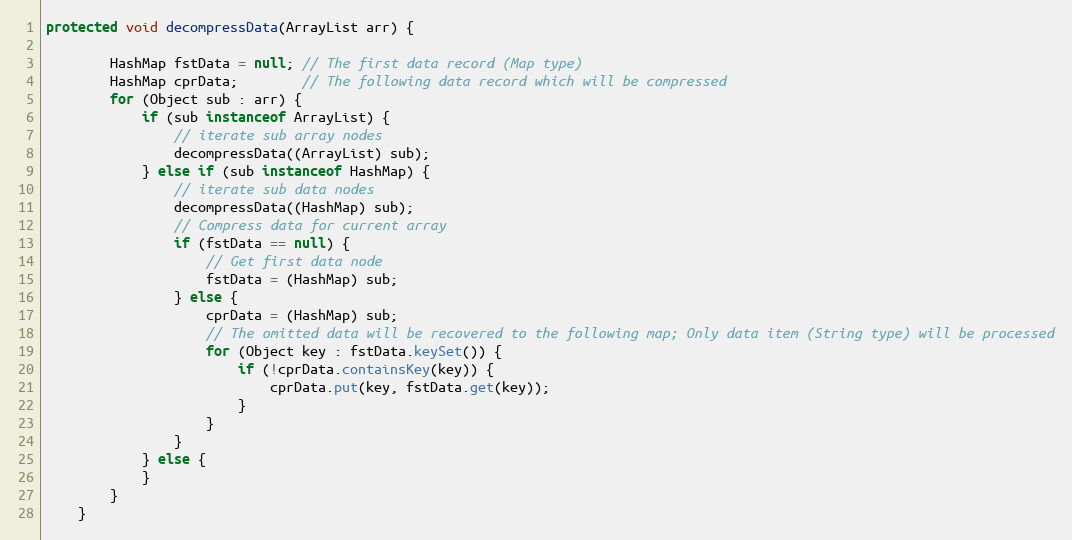
Language: Java
protected void decompressData(ArrayList arr) {

        HashMap fstData = null; // The first data record (Map type)
        HashMap cprData;        // The following data record which will be compressed
        for (Object sub : arr) {
            if (sub instanceof ArrayList) {
                // iterate sub array nodes
                decompressData((ArrayList) sub);
            } else if (sub instanceof HashMap) {
                // iterate sub data nodes
                decompressData((HashMap) sub);
                // Compress data for current array
                if (fstData == null) {
                    // Get first data node
                    fstData = (HashMap) sub;
                } else {
                    cprData = (HashMap) sub;
                    // The omitted data will be recovered to the following map; Only data item (String type) will be processed
                    for (Object key : fstData.keySet()) {
                        if (!cprData.containsKey(key)) {
                            cprData.put(key, fstData.get(key));
                        }
                    }
                }
            } else {
            }
        }
    }